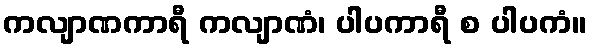
ကလျာဏကာရီ ကလျာဏံ၊ ပါပကာရီ စ ပါပကံ။